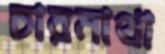
চারমাথা